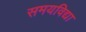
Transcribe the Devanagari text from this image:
समयविद्या